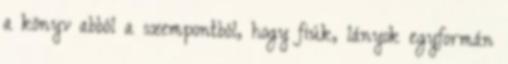
a könyv abból a szempontból, hogy fiúk, lányok egyformán